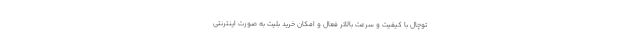
توچال با کیفیت و سرعت بالاتر فعال و امکان خرید بلیت به صورت اینترنتی